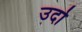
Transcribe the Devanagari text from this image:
उर्दो